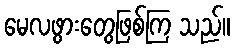
မေလဖွားတွေဖြစ်ကြ သည်။